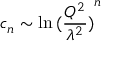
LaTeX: c _ { n } \sim \ln { ( \frac { Q ^ { 2 } } { \lambda ^ { 2 } } ) } ^ { n }